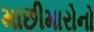
માછીમારોનો